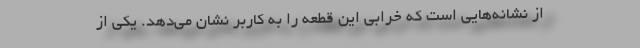
از نشانه‌هایی است که خرابی این قطعه را به کاربر نشان می‌دهد. یکی از